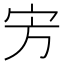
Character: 㝑